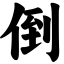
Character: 倒